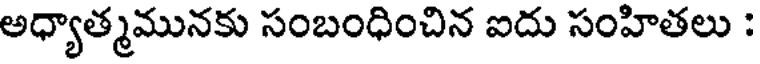
అధ్యాత్మమునకు సంబంధించిన ఐదు సంహితలు :